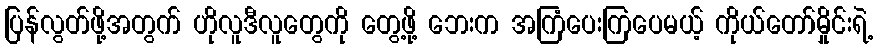
ပြန်လွတ်ဖို့အတွက် ဟိုလူဒီလူတွေကို တွေ့ဖို့ ဘေးက အကြံပေးကြပေမယ့် ကိုယ်တော်မှိုင်းရဲ့